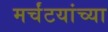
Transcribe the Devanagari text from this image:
मर्चंटयांच्या